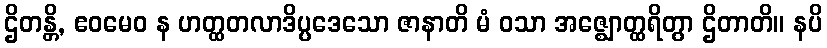
ဌိတန္တိ, ဧဝမေဝ န ဟတ္ထတလာဒိပ္ပဒေသော ဇာနာတိ မံ ဝသာ အဇ္ဈောတ္ထရိတွာ ဌိတာတိ။ နပိ